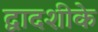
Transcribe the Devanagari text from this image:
द्वादशीके